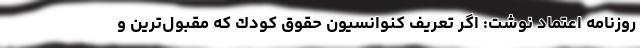
روزنامه اعتماد نوشت: اگر تعريف كنوانسيون حقوق كودك كه مقبول‌ترين و